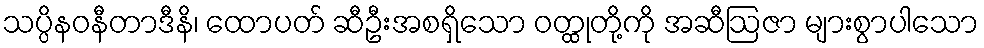
သပ္ပိနဝနီတာဒီနိ၊ ထောပတ် ဆီဦးအစရှိသော ဝတ္ထုတို့ကို အဆီဩဇာ များစွာပါသော